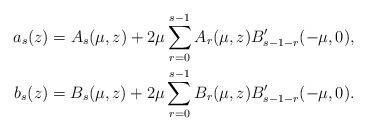
LaTeX: \begin{align*}a_s(z) = A_s(\mu,z)+2\mu\sum_{r=0}^{s-1} A_r(\mu,z)B_{s-1-r}'(-\mu,0),\\b_s(z) = B_s(\mu,z)+2\mu\sum_{r=0}^{s-1} B_r(\mu,z)B_{s-1-r}'(-\mu,0).\end{align*}